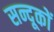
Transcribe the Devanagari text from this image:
सन्दूकों